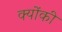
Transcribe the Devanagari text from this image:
क्‍योंकी